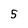
Character: 5